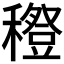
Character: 𥣎